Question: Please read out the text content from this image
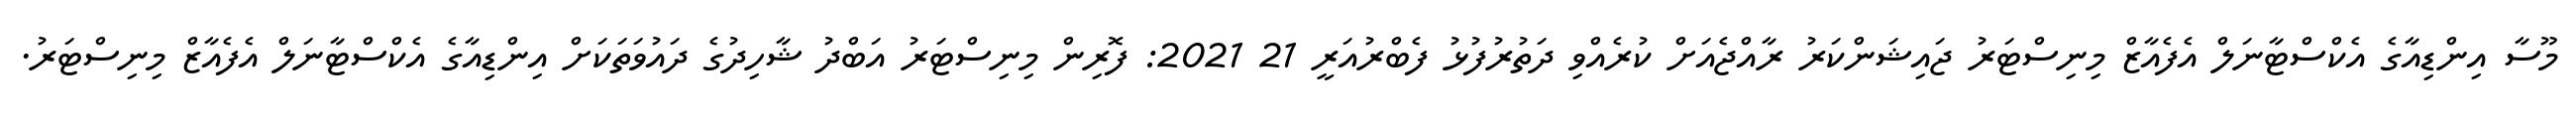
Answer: މޫސާ އިންޑިއާގެ އެކްސްޓާނަލް އެފެއާޒް މިނިސްޓަރު ޖައިޝަންކަރު ރާއްޖެއަށް ކުރެއްވި ދަތުރުފުޅު ފެބްރުއަރީ 21 2021: ފޮރިން މިނިސްޓަރު އަބްދު ޝާހިދުގެ ދައުވަތަކަށް އިންޑިއާގެ އެކްސްޓާނަލް އެފެއާޒް މިނިސްޓަރު.